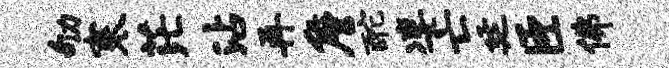
劬寒茫沾再詹酡凄亡廷臣佛